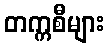
တက္ကစီများ